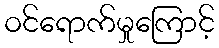
ဝင်ရောက်မှုကြောင့်